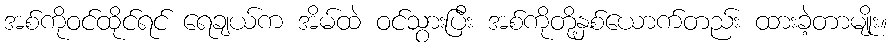
အစ်ကိုဝင်ထိုင်ရင် ရေချယ်က အိမ်ထဲ ဝင်သွားပြီး အစ်ကိုတို့နှစ်ယောက်တည်း ထားခဲ့တာမျိုး။